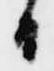
日